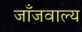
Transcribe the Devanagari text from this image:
जाँजवाल्य